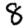
Digit: 8